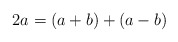
\begin{align*}2a = (a + b) + (a - b)\end{align*}